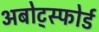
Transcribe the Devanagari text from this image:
अबोट्स्फोर्ड